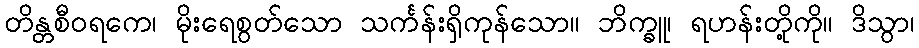
တိန္တစီဝရကေ၊ မိုးရေစွတ်သော သင်္ကန်းရှိကုန်သော။ ဘိက္ခူ၊ ရဟန်းတို့ကို။ ဒိသွာ၊